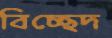
বিচ্ছেদ